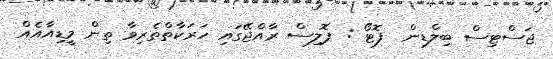
ޖަސްޓިސް ބިލްޑިން  ފޮޓޯ : ޕޮލިސް ރާއްޖޭގައި ހަރަކާތްތެރިވާ ތިން މީޑިއާއެއް